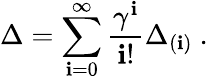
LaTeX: \Delta=\sum_{\mathbf{i}=0}^{\infty}\frac{{\gamma^{\mathbf{i}}}}{{\mathbf{i}!}}\Delta_{(\mathbf{i})}~.